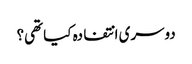
دوسری انتفادہ کیا تھی؟